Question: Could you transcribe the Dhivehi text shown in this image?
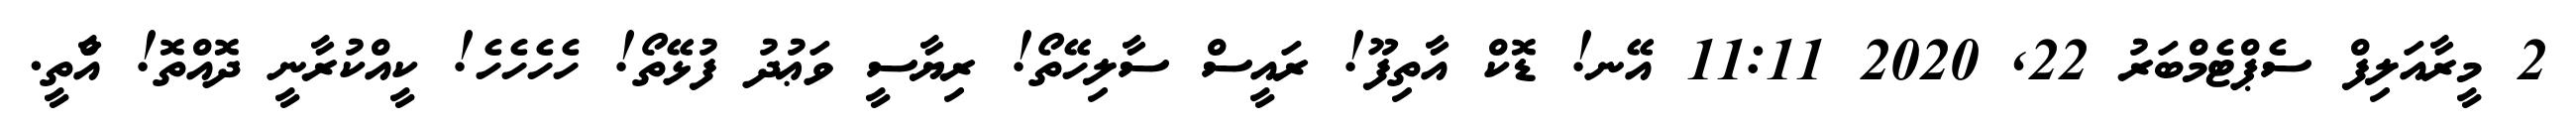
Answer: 2 މީރާއަލިފް ސެޕްޓެމްބަރު 22, 2020 11:11 އޭނ! ޑޮކް އާތިފޫ! ރައީސް ސާލިހޭތޯ! ރިޔާސީ ވަޢުދު ފުޅޭތޯ! ހެހެހެހެ! ކީއްކުރާނީ ދޮއްތޮ! އާްތީ.